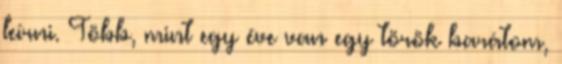
leírni. Több, mint egy éve van egy török barátom,